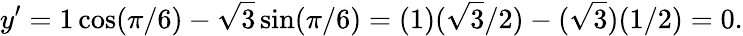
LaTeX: y^{\prime}=1\cos(\pi/6)-{\sqrt{3}}\sin(\pi/6)=(1)({\sqrt{3}}/2)-({\sqrt{3}})(1/2)=0.